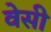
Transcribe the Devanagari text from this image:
वेसी